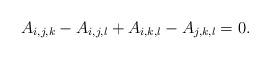
LaTeX: \begin{align*}A_{i,j,k}-A_{i,j,l}+A_{i,k,l}-A_{j,k,l}=0. \end{align*}